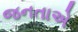
જનતાએ